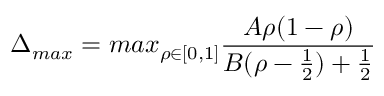
\Delta _ { m a x } = m a x _ { \rho \in [ 0 , 1 ] } \frac { A \rho ( 1 - \rho ) } { B ( \rho - \frac { 1 } { 2 } ) + \frac { 1 } { 2 } }